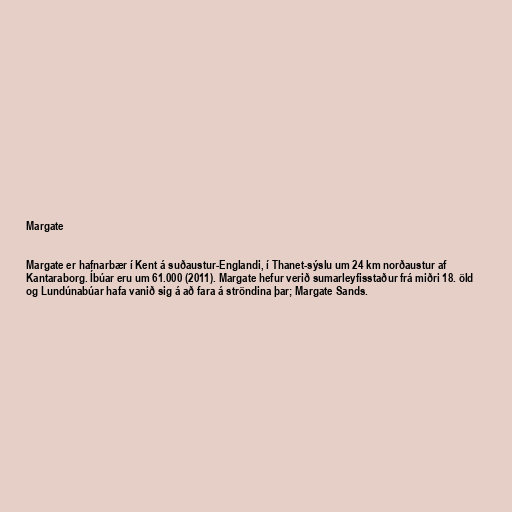
Margate

Margate er hafnarbær í Kent á suðaustur-Englandi, í Thanet-sýslu um 24 km norðaustur af
Kantaraborg. Íbúar eru um 61.000 (2011). Margate hefur verið sumarleyfisstaður frá miðri 18. öld
og Lundúnabúar hafa vanið sig á að fara á ströndina þar; Margate Sands.